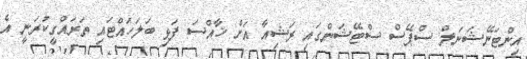
އިންޓަނޭޝަނަލް ސްޕޭސް ސްޓޭޝަންގައި ރަޝިއާ އަށް ޚާއްސަ ފަޅި ބަލަހައްޓައި ތަރައްގީކުރަނީ އެ